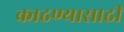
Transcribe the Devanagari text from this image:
काढण्यासाढी